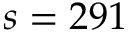
s = 2 9 1